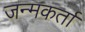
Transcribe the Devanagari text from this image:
जन्मकर्ता